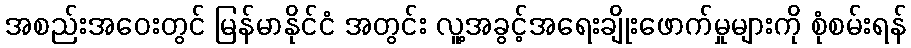
အစည်းအဝေးတွင် မြန်မာနိုင်ငံ အတွင်း လူ့အခွင့်အရေးချိုးဖောက်မှုများကို စုံစမ်းရန်